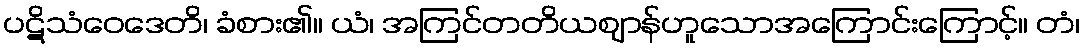
ပဋိသံဝေဒေတိ၊ ခံစား၏။ ယံ၊ အကြင်တတိယဈာန်ဟူသောအကြောင်းကြောင့်။ တံ၊